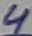
Text: 4